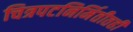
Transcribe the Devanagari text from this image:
चित्रपटनिर्मितीतही